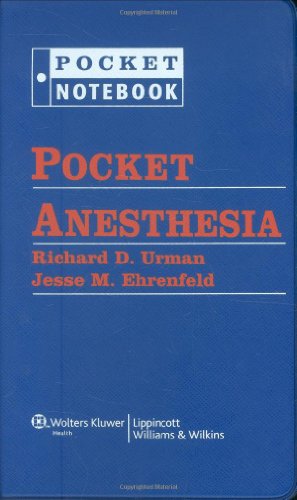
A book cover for Pocket Anesthesia (Pocket Notebook Series); Medical Books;